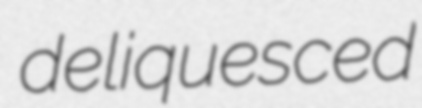
deliquesced